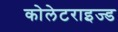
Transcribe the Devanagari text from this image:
कोलेटराइज्ड